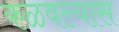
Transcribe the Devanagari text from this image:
कळवल्यास